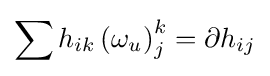
\sum h_{ik}\,{(\omega _{u})}_{j}^{k}=\partial h_{ij}